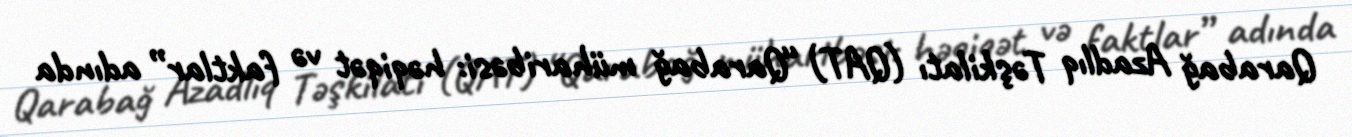
Qarabağ Azadlıq Təşkilatı (QAT) “Qarabağ müharibəsi: həqiqət və faktlar” adında